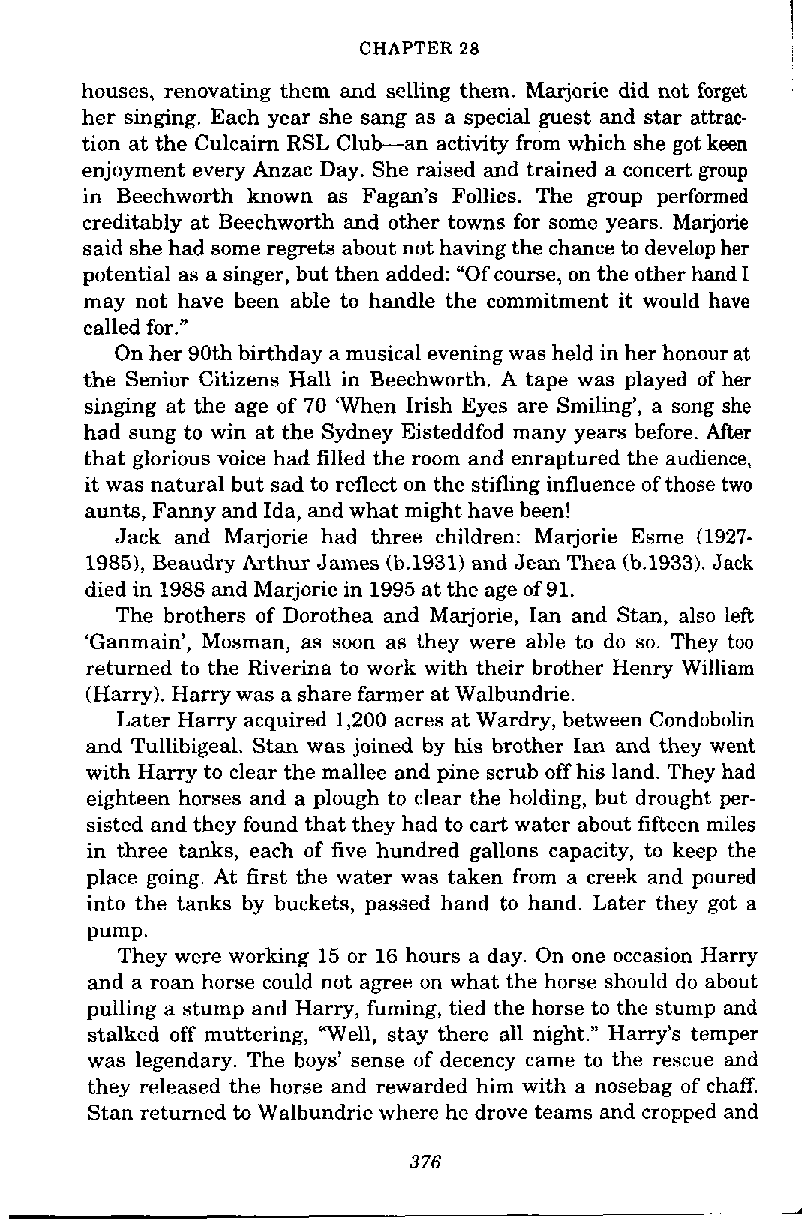
I
 CHAPTER 28
 houses, renovating them and selling them. Marjorie did not forget
 her singing. Each year she sang as a special guest and star attrac-
 tion at the Culcairn RSL Club-an activity from which she got keen
 enjoyment every Anzac Day. She raised and trained a concert group
 in Beechworth known as Fagan's Follies. The group performed
 creditably at Beechworth and other towns for some years. Marjorie
 said she had some regrets about not having the chance to develop her
 potential as a singer, but then added: "Of course, on the other hand I
 may not have been able to handle the commitment it would have
 called for."
 On her 90th birthday a musical evening was held in her honour at
 the Senior Citizens Hall in Beechworth. A tape was played of her
 singing at the age of 70 'When Irish Eyes are Smiling', a song she
 had sung to win at the Sydney Eisteddfod many years before. After
 that glorious voice had filled the room and enraptured the audience,
 it was natural but sad to reflect on the stifling influence of those two
 aunts, Fanny and Ida, and what might have been!
 Jack and Marjorie had three children: Marjorie Esme (1927-
 1985), Beaudry Arthur James (b.1931) and Jean Thea (b.1933). Jack
 died in 1988 and Marjorie in 1995 at the age of 91.
 The brothers of Dorothea and Marjorie, Ian and Stan, also left
 'Ganmain', Mosman, as soon as they were able to do so. They too
 returned to the Riverina to work with their brother Henry William
 (Harry). Harry was a share farmer at Walbundrie.
 Later Harry acquired 1,200 acres at Wardry, between Condobolin
 and Tullibigeal. Stan was joined by his brother Ian and they went
 with Harry to clear the mallee and pine scrub off his land. They had
 eighteen horses and a plough to clear the holding, but drought per-
 sisted and they found that they had to cart water about fifteen miles
 in three tanks, each of five hundred gallons capacity, to keep the
 place going. At first the water was taken from a creek and poured
 into the tanks by buckets, passed hand to hand. Later they got a
 pump.
 They were working 15 or 16 hours a day. On one occasion Harry
 and a roan horse could not agree on what the horse should do about
 pulling a stump and Harry, fuming, tied the horse to the stump and
 stalked off muttering, "Well, stay there all night." Harry's temper
 was legendary. The boys' sense of decency came to the rescue and
 they released the horse and rewarded him with a nosebag of chaff.
 Stan returned to Walbundrie where he drove teams and cropped and